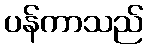
ပန်ကာသည်